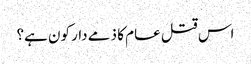
اس قتل عام کا ذمے دار کون ہے؟